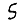
Digit: 5